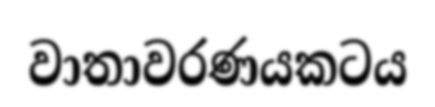
වාතාවරණයකටය